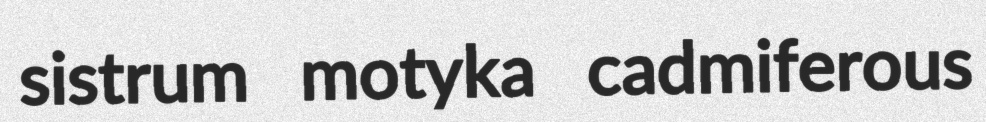
sistrum motyka cadmiferous